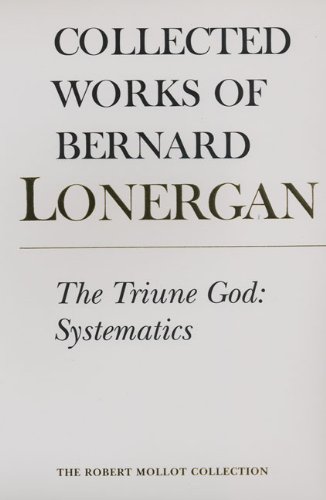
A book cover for The Triune God: Systematics (Collected Works of Bernard Lonergan); Bernard Lonergan; Religion & Spirituality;